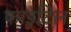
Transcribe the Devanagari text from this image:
फाइटिल